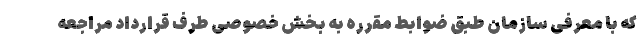
که با معرفی سازمان طبق ضوابط مقرره به بخش خصوصی طرف قرارداد مراجعه